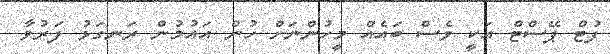
ފުޓް ޕޭސްޓް އަކީ ވެސް ބައެއް މީހުންނަށް ހުން އައުމުން ރަނގަޅު ފަރުވާ